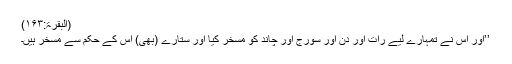
(البقرۃ:۱۶۳)
’’اور اس نے تمہارے لیے رات اور دن اور سورج اور چاند کو مسخر کیا اور ستارے (بھی) اس کے حکم سے مسخر ہیں۔